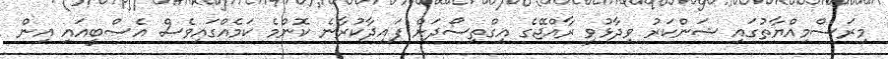
މިރަސްމިއްޔާތުގައި ޝަންކަރު ވިދާޅުވީ ރާއްޖޭގެ އިގްތިސޯދަށް ފައިދާކުރާނެ ކޮންމެ ކަމެއްގައިވެސް އެސްބީއައި އިން